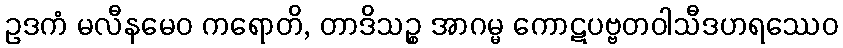
ဥဒကံ မလီနမေဝ ကရောတိ, တာဒိသဉ္စ အာဂမ္မ ကောဋပဗ္ဗတဝါသီဒဟရဿေဝ